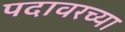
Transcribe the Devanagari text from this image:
पदावरच्या